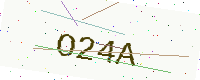
Text: O24A